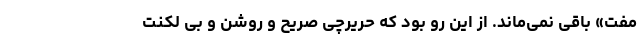
مفت» باقی نمی‌ماند. از این رو بود که حریرچی صریح و روشن و بی لکنت